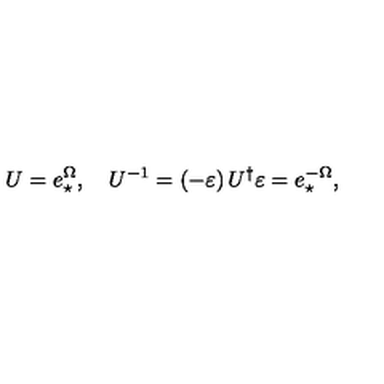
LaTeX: U = e _ { \star } ^ { \Omega } , \quad U ^ { - 1 } = \left( - \varepsilon \right) U ^ { \dagger } \varepsilon = e _ { \star } ^ { - \Omega } ,